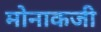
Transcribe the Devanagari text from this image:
मोनाकजी